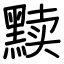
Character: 黩